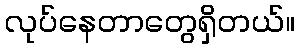
လုပ်နေတာတွေရှိတယ်။